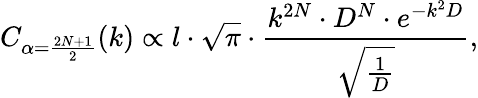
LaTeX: C_{\alpha=\frac{2N+1}{2}}(k)\propto l\cdot\sqrt{\pi}\cdot\frac{k^{2N}\cdot D^{N}\cdot e^{-k^{2}D}}{\sqrt{\frac{1}{D}}},